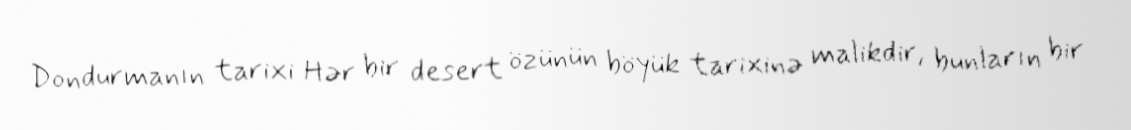
Dondurmanın tarixi Hər bir desert özünün böyük tarixinə malikdir, bunların bir